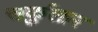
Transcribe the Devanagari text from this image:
सर्कुलार